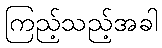
ကြည့်သည့်အခါ